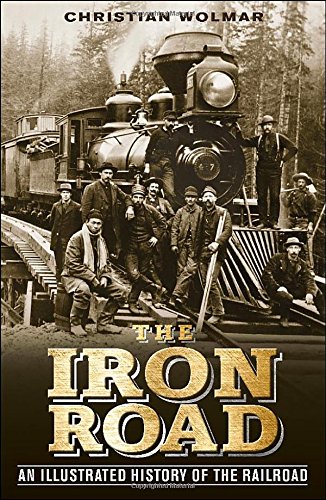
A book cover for The Iron Road: An Illustrated History of the Railroad; Christian Wolmar; Engineering & Transportation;